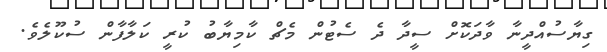
ގިޔާސުއްދީނާ ވާދަކޮށް ސީދާ ދެ ސެޓުން މެޗް ކާމިޔާބު ކުރީ ކަލާފާން ސުކޫލެވެ.